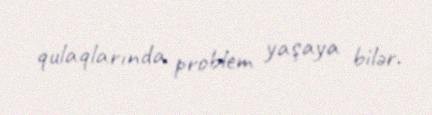
qulaqlarında problem yaşaya bilər.